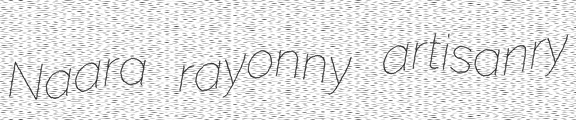
Naara rayonny artisanry